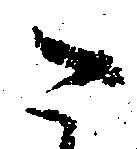
に